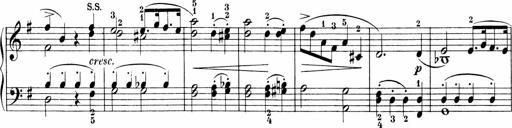
Title: 3 Sonatinas
Composer: Carl Reinecke